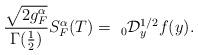
LaTeX: \begin{align*}\frac{\sqrt{2 g_{F}^{\alpha}}}{\Gamma(\frac{1}{2})} S_{F}^{\alpha}(T)=~_{0}\mathcal{D}_{y}^{1/2} f(y).\end{align*}